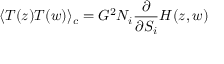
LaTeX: \langle T ( z ) T ( w ) \rangle _ { c } = G ^ { 2 } N _ { i } \frac { \partial } { \partial S _ { i } } H ( z , w )